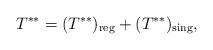
LaTeX: \begin{align*} T^{**}= (T^{**})_{\rm reg} + (T^{**})_{\rm sing},\end{align*}